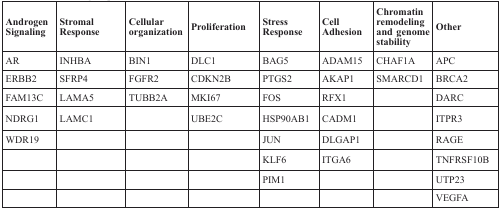
| Androgen Signaling | Stromal Response | Cellular organization | Proliferation | Stress Response | Cell Adhesion | Chromatin remodeling and genome stability | Other |
 | --- | --- | --- | --- | --- | --- | --- | --- |
 | AR | INHBA | BIN1 | DLC1 | BAG5 | ADAM15 | CHAF1A | APC |
 | ERBB2 | SFRP4 | FGFR2 | CDKN2B | PTGS2 | AKAP1 | SMARCD1 | BRCA2 |
 | FAM13C | LAMA5 | TUBB2A | MKI67 | FOS | RFX1 |  | DARC |
 | NDRG1 | LAMC1 |  | UBE2C | HSP90AB1 | CADM1 |  | ITPR3 |
 | WDR19 |  |  |  | JUN | DLGAP1 |  | RAGE |
 |  |  |  |  | KLF6 | ITGA6 |  | TNFRSF10B |
 |  |  |  |  | PIM1 |  |  | UTP23 |
 |  |  |  |  |  |  |  | VEGFA |